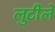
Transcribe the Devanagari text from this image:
लुटीले